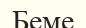
Беме